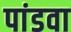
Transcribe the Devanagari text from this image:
पांडवा